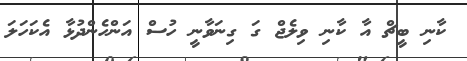
ކާނި ބީޗް އާ ކާނި ވިލެޖް ގަ ގިނަވާނީ ހުސް އަންހެންދުޅާ އެކަހަލަ